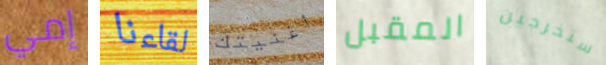
إمي لقاءنا أغنيتك المقبل ستخرجين